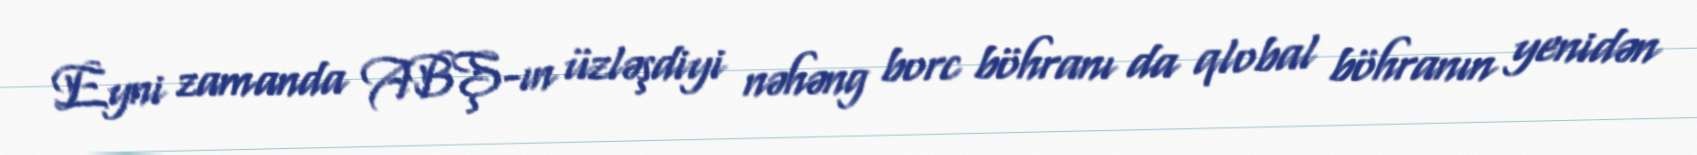
Eyni zamanda ABŞ-ın üzləşdiyi nəhəng borc böhranı da qlobal böhranın yenidən